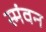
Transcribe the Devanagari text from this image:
स्मंवन